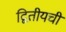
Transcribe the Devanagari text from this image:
द्वितीयची